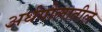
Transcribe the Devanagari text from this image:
अर्धगोलातील